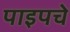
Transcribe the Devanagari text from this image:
पाइपचे